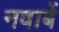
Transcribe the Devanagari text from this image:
नवाबें